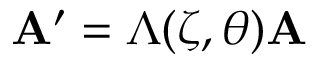
\mathbf { A } ^ { \prime } = \Lambda ( { \boldsymbol { \zeta } } , { \boldsymbol { \theta } } ) \mathbf { A }